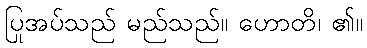
ပြုအပ်သည် မည်သည်။ ဟောတိ၊ ၏။